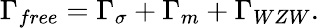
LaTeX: \Gamma_{free}=\Gamma_{\sigma}+\Gamma_{m}+\Gamma_{WZW}.